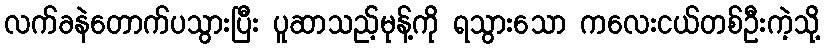
လက်ခနဲတောက်ပသွားပြီး ပူဆာသည့်မုန့်ကို ရသွားသော ကလေးငယ်တစ်ဦးကဲ့သို့